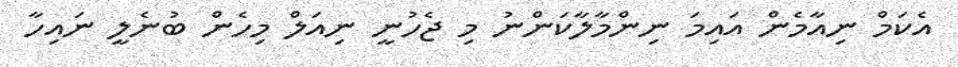
އެކަމް ނިއާމެން އައިމަ ނިންމާލާކަންނު މި ޖެހުނީ ނިއަލް މިހެން ބުނެލީ ނައިހާ